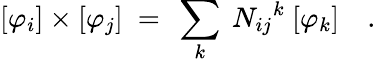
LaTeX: [\varphi_{i}]\times[\varphi_{j}]\ =\ \sum_{k}\ {N_{ij}}^{k}\ [\varphi_{k}]\quad.